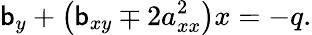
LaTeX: \mathsf{b}_{y}+\left(\mathsf{b}_{xy}\mp2a_{xx}^{2}\right)x=-q.